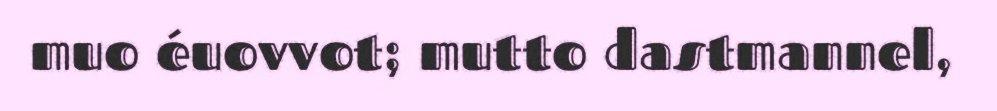
muo éuovvot; mutto dastmannel,